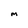
Character: m